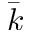
\bar { k }